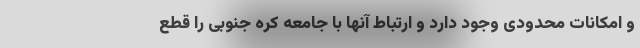
و امکانات محدودی وجود دارد و ارتباط آنها با جامعه کره جنوبی را قطع